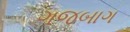
ગજબાગ